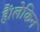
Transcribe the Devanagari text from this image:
हैं।लेकिन